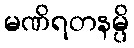
မဏိရတနမ္ပိ